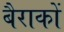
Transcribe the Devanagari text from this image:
बैराकों